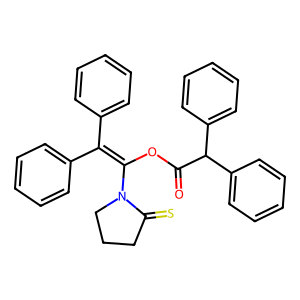
SMILES: O=C(OC(=C(c1ccccc1)c1ccccc1)N1CCCC1=S)C(c1ccccc1)c1ccccc1
Inhibits HIV replication: No